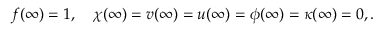
f ( \infty ) = 1 , \quad \chi ( \infty ) = v ( \infty ) = u ( \infty ) = \phi ( \infty ) = \kappa ( \infty ) = 0 , .